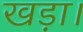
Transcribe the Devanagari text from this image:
खड़ा।